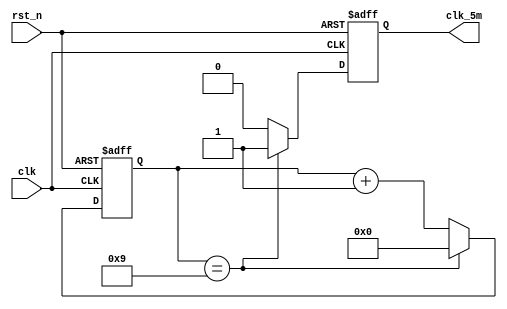
`timescale 1ns / 1ps
module SongHz( 
    input clk,
    input rst_n,
    output reg clk_5m
    );
//clk = 50MHz, div into 5MHz
//1 pause/ 10 clocks
reg [4:0] cnt = 5'h0;

always@(posedge clk or negedge rst_n)
begin
    if(~rst_n)                 //
	     cnt <= 5'h0;
	 else if(cnt == 5'h9)       //5M
	     cnt <= 5'h0;
	 else 
	     cnt <= cnt + 5'h1;
end

always@(posedge clk or negedge rst_n)
begin
    if(~rst_n)
	     clk_5m <= 1'b0;
	 else if(cnt == 5'h9)
	     clk_5m <=1'b1;
	 else
	     clk_5m <= 1'b0;
end 

endmodule